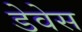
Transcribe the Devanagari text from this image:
डेवेस